Annual administration report of the Civil Veterinary Department of India - 1898-1899
Year: 1898
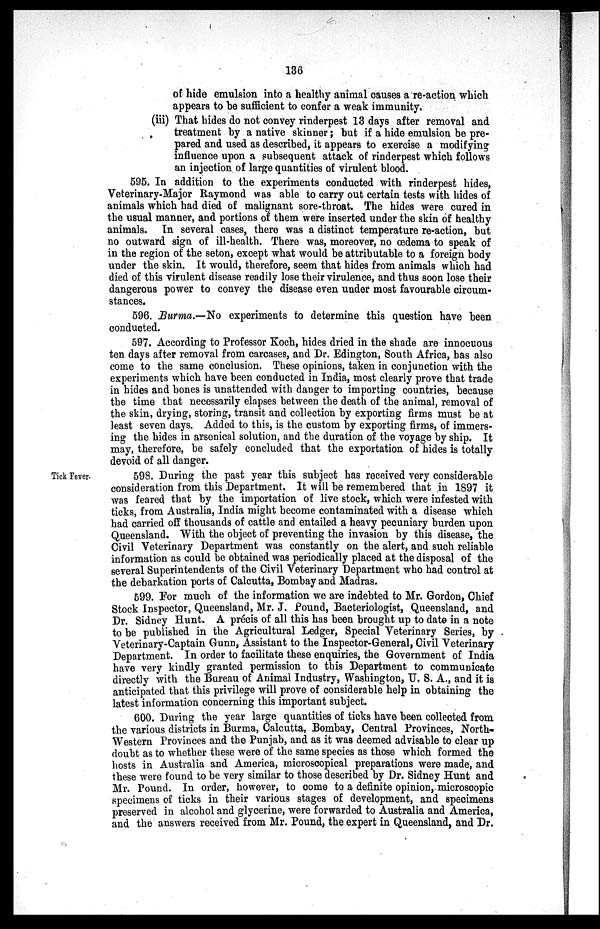
136
of hide emulsion into a healthy animal causes a re-action which
appears to be sufficient to confer a weak immunity.
(iii) That hides do not convey rinderpest 13 days after removal and
treatment by a native skinner; but if a hide emulsion be pre-
pared and used as described, it appears to exercise a modifying
influence upon a subsequent attack of rinderpest which follows
an injection of large quantities of virulent blood.
595. In addition to the experiments conducted with rinderpest hides,
Veterinary-Major Raymond was able to carry out certain tests with hides of
animals which had died of malignant sore-throat. The hides were cured in
the usual manner, and portions of them were inserted under the skin of healthy
animals. In several cases, there was a distinct temperature re-action, but
no outward sign of ill-health. There was, moreover, no œdema to speak of
in the region of the seton, except what would be attributable to a foreign body
under the skin. It would, therefore, seem that hides from animals which had
died of this virulent disease readily lose their virulence, and thus soon lose their
dangerous power to convey the disease even under most favourable circum-
stances.
596. Burma.—No experiments to determine this question have been
conducted.
597. According to Professor Koch, hides dried in the shade are innocuous
ten days after removal from carcases, and Dr. Edington, South Africa, has also
come to the same conclusion. These opinions, taken in conjunction with the
experiments which have been conducted in India, most clearly prove that trade
in hides and bones is unattended with danger to importing countries, because
the time that necessarily elapses between the death of the animal, removal of
the skin, drying, storing, transit and collection by exporting firms must be at
least seven days. Added to this, is the custom by exporting firms, of immers-
ing the hides in arsenical solution, and the duration of the voyage by ship. It
may, therefore, be safely concluded that the exportation of hides is totally
devoid of all danger.
Tick Fever.
598. During the past year this subject has received very considerable
consideration from this Department. It will be remembered that in 1897 it
was feared that by the importation of live stock, which were infested with
ticks, from Australia, India might become contaminated with a disease which
had carried off thousands of cattle and entailed a heavy pecuniary burden upon
Queensland. With the object of preventing the invasion by this disease, the
Civil Veterinary Department was constantly on the alert, and such reliable
information as could be obtained was periodically placed at the disposal of the
several Superintendents of the Civil Veterinary Department who had control at
the debarkation ports of Calcutta, Bombay and Madras.
599. For much of the information we are indebted to Mr. Gordon, Chief
Stock Inspector, Queensland, Mr. J. Pound, Bacteriologist, Queensland, and
Dr. Sidney Hunt. A précis of all this has been brought up to date in a note
to be published in the Agricultural Ledger, Special Veterinary Series, by
Veterinary-Captain Gunn, Assistant to the Inspector-General, Civil Veterinary
Department. In order to facilitate these enquiries, the Government of India
have very kindly granted permission to this Department to communicate
directly with the Bureau of Animal Industry, Washington, U. S. A., and it is
anticipated that this privilege will prove of considerable help in obtaining the
latest information concerning this important subject.
600. During the year large quantities of ticks have been collected from
the various districts in Burma, Calcutta, Bombay, Central Provinces, North-
Western Provinces and the Punjab, and as it was deemed advisable to clear up
doubt as to whether these were of the same species as those which formed the
hosts in Australia and America, microscopical preparations were made, and
these were found to be very similar to those described by Dr. Sidney Hunt and
Mr. Pound. In order, however, to come to a definite opinion, microscopic
specimens of ticks in their various stages of development, and specimens
preserved in alcohol and glycerine, were forwarded to Australia and America,
and the answers received from Mr. Pound, the expert in Queensland, and Dr.